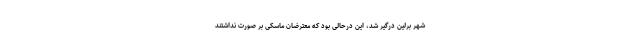
شهر برلین درگیر شد، این درحالی بود که معترضان ماسکی بر صورت نداشتند